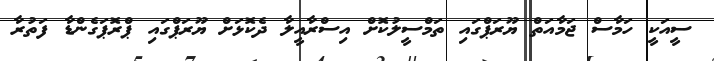
ސީއަކީ ހަމާސް ޖަމާއަތް ޔޫރަޕްގައި ތަމްސީލުކޮށް އިސްރާއީލާ ދެކޮޅަށް ޔޫރަޕްގައި ޕްރޮޕަގެންޑާ ފަތުރާ